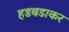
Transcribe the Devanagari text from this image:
हडबडाकर